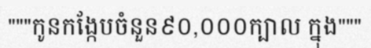
"""កូនកង្កែបចំនួន៩០,០០០ក្បាល ក្នុង"""